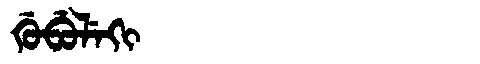
Manchu: ᡤᡠᠪᡠᠯᡝᡴᡳ
Romanization: GUBULEKI